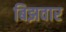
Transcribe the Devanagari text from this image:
बिझवार